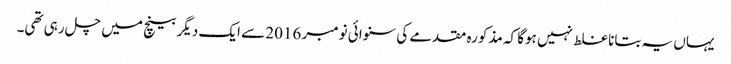
یہاں یہ بتانا غلط نہیں ہوگا کہ مذکورہ مقدمے کی سنوائی نومبر 2016 سے ایک دیگر بینچ میں چل رہی تھی۔